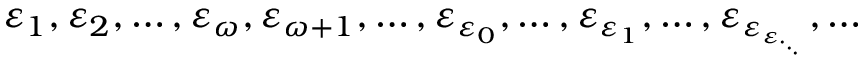
\varepsilon _ { 1 } , \varepsilon _ { 2 } , \ldots , \varepsilon _ { \omega } , \varepsilon _ { \omega + 1 } , \ldots , \varepsilon _ { \varepsilon _ { 0 } } , \ldots , \varepsilon _ { \varepsilon _ { 1 } } , \ldots , \varepsilon _ { \varepsilon _ { \varepsilon _ { \cdot _ { \cdot _ { \cdot } } } } } , \ldots